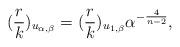
LaTeX: \begin{align*}(\frac{r}{k})_{u_{\alpha, \beta}}=(\frac{r}{k})_{u_{1, \beta}}\alpha^{-\frac{4}{n-2}},\end{align*}